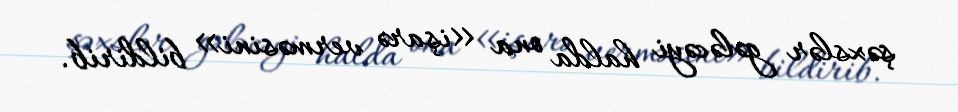
şəxslər gələcəyi halda ona «işarə verməsini» bildirib.